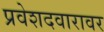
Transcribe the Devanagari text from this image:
प्रवेशदवारावर